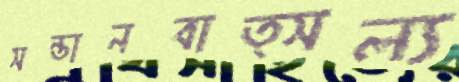
সন্তানবাত্সল্য